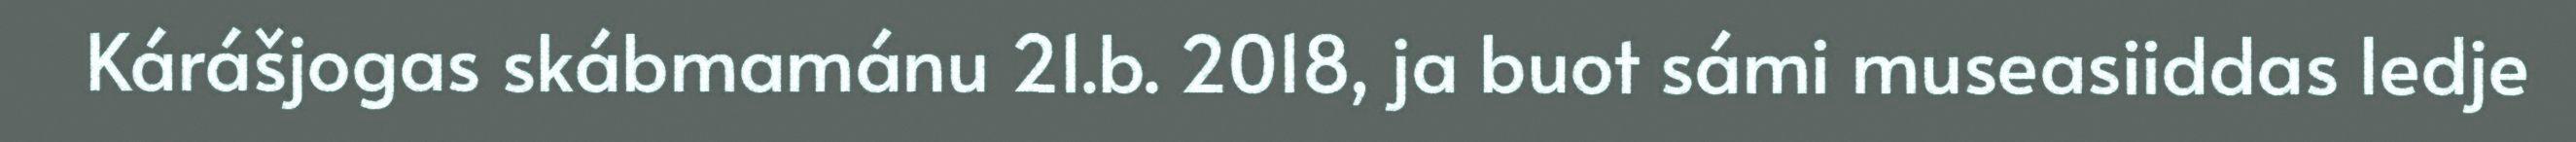
Kárášjogas skábmamánu 21.b. 2018, ja buot sámi museasiiddas ledje